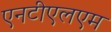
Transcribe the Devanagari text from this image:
एनटीएलएम